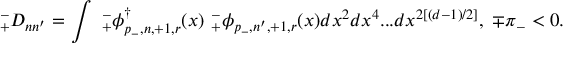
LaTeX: _ { + } ^ { - } { \cal D } _ { n n ^ { \prime } } = \int { } \ { } _ { + } ^ { - } \phi _ { p _ { - } , n , + 1 , r } ^ { \dagger } ( x ) \ { } _ { + } ^ { - } \phi _ { p _ { - } , n ^ { \prime } , + 1 , r } ( x ) { } d x ^ { 2 } d x ^ { 4 } . . . d x ^ { 2 \left[ ( d - 1 ) / 2 \right] } , \; \mp \pi _ { - } < 0 .